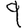
Digit: 9